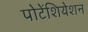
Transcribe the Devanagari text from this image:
पोटेंशियेशन